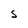
Character: S